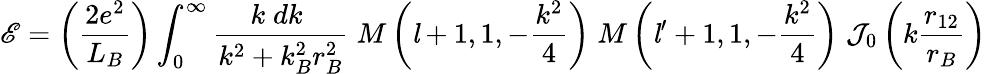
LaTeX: \mathscr{E}=\left({\frac{{2e^{2}}}{{L_{B}}}}\right)\int_{0}^{\infty}{\frac{{k\; dk\; }}{{k^{2}+k_{B}^{2}r_{B}^{2}}}}\; M\left({\mathit{{l}}}+1,1,-{\frac{{k^{2}}}{{4}}}\right)\; M\left({\mathit{{l}}}^{\prime}+1,1,-{\frac{{k^{2}}}{{4}}}\right)\; {\mathcal{{J}}}_{0}\left(k{\frac{{r_{12}}}{{r_{B}}}}\right)